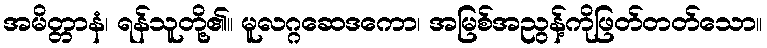
အမိတ္တာနံ၊ ရန်သူတို့၏။ မူလဂ္ဂဆေဒကော၊ အမြစ်အညွန့်ကိုဖြတ်တတ်သော။